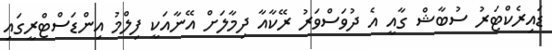
ޑައިރެކްޓަރު ސުބާޝް ގާއީ އެ ދުވަސްވަރު ރޭކާއާ ދިމާލަށް އޭނާއަކީ ފިލްމު އިންޑަސްޓްރީގައި